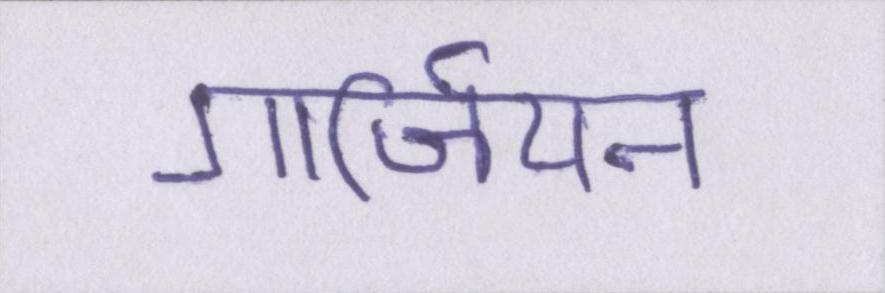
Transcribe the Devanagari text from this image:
गार्जियन